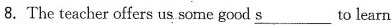
8.The teacher offers us some good \underline(s) to learn